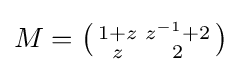
M=\left({\begin{smallmatrix}1+z&z^{-1}+2\\z&2\end{smallmatrix}}\right)